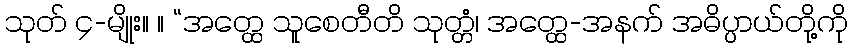
သုတ် ၄-မျိုး။ ။ “အတ္ထေ သူစေတီတိ သုတ္တံ၊ အတ္ထေ-အနက် အဓိပ္ပာယ်တို့ကို